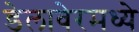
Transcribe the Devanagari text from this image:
डेलावेरमध्ये